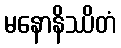
မနောနိဿိတံ